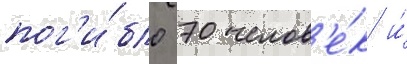
пог'и́бло 70 челов'е́к и́